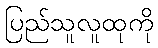
ပြည်သူလူထုကို